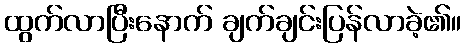
ထွက်လာပြီးနောက် ချက်ချင်းပြန်လာခဲ့၏။